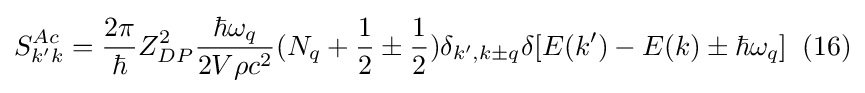
S_{k'k}^{Ac}={\frac {2\pi }{\hbar }}Z_{DP}^{2}{\frac {\hbar \omega _{q}}{2V\rho c^{2}}}(N_{q}+{\frac {1}{2}}\pm {\frac {1}{2}})\delta _{k',k\pm q}\delta [E(k')-E(k)\pm \hbar \omega _{q}]\;\;(16)